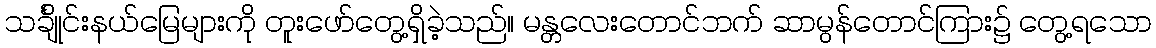
သင်္ချိုင်းနယ်မြေများကို တူးဖော်တွေ့ရှိခဲ့သည်။ မန္တလေးတောင်ဘက် ဆာမွန်တောင်ကြား၌ တွေ့ရသော